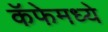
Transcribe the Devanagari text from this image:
कॅफेमध्ये